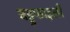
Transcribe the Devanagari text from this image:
बहुफाइली